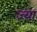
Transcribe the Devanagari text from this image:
ज्‍या